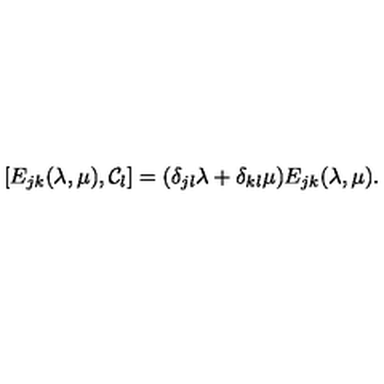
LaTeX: [ E _ { j k } ( \lambda , \mu ) , { \cal C } _ { l } ] = ( \delta _ { j l } \lambda + \delta _ { k l } \mu ) E _ { j k } ( \lambda , \mu ) .